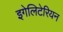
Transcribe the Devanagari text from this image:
इगेलिटेरियन